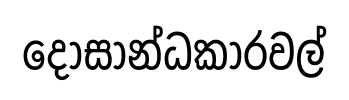
දෝසාන්ධකාරවල්